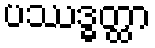
ပဿဒ္ဓတ္ထာ